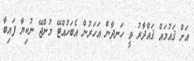
އަށް ޤައުމައް ޤައްދާރު ވީ ހަނދާން އަހަރުން އެބަހުއްޓޭ މުންޖޭ ނުކިޔާ ފައިބާ